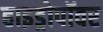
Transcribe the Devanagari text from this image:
हाइड्रोपॉवर